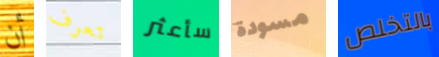
أن تعرف سأعثر مسودة بالتخلص